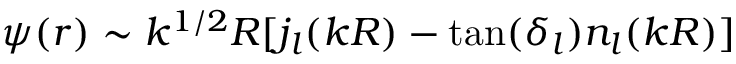
{ \psi ( r ) \sim k ^ { 1 / 2 } R [ j _ { l } ( k R ) - \tan ( \delta _ { l } ) n _ { l } ( k R ) ] }